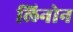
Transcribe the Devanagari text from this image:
लिनोन